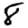
Digit: 8